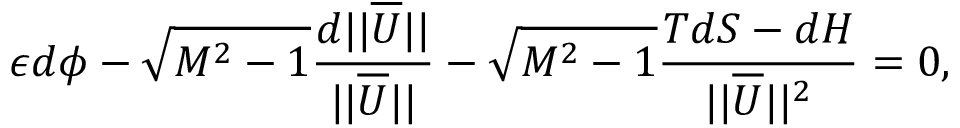
\epsilon d \phi - \sqrt { M ^ { 2 } - 1 } \frac { d | | \overline { { U } } | | } { | | \overline { { U } } | | } - \sqrt { M ^ { 2 } - 1 } \frac { T d S - d H } { | | \overline { { U } } | | ^ { 2 } } = 0 ,